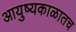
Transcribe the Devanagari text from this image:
आयुष्यकाळातच